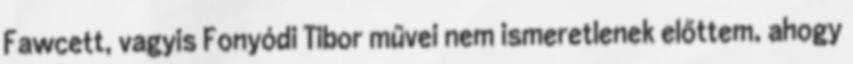
Fawcett, vagyis Fonyódi Tibor művei nem ismeretlenek előttem, ahogy